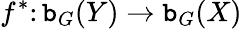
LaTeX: f^{*}\colon\mathtt{b}_{G}(Y)\to\mathtt{b}_{G}(X)